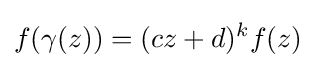
f(\gamma (z))=(cz+d)^{k}f(z)